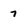
Character: 7